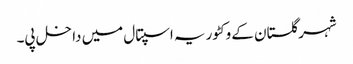
شہر گلستان کے وکٹوریہ اسپتال میں داخل پی۔